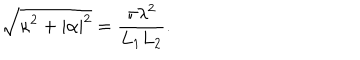
\sqrt { \kappa ^ { 2 } + | \alpha | ^ { 2 } } = \frac { \pi \lambda ^ { 2 } } { L _ { 1 } L _ { 2 } } .